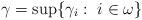
LaTeX: \begin{align*} \gamma= \sup \{ \gamma_i : \ i \in \omega \} \end{align*}